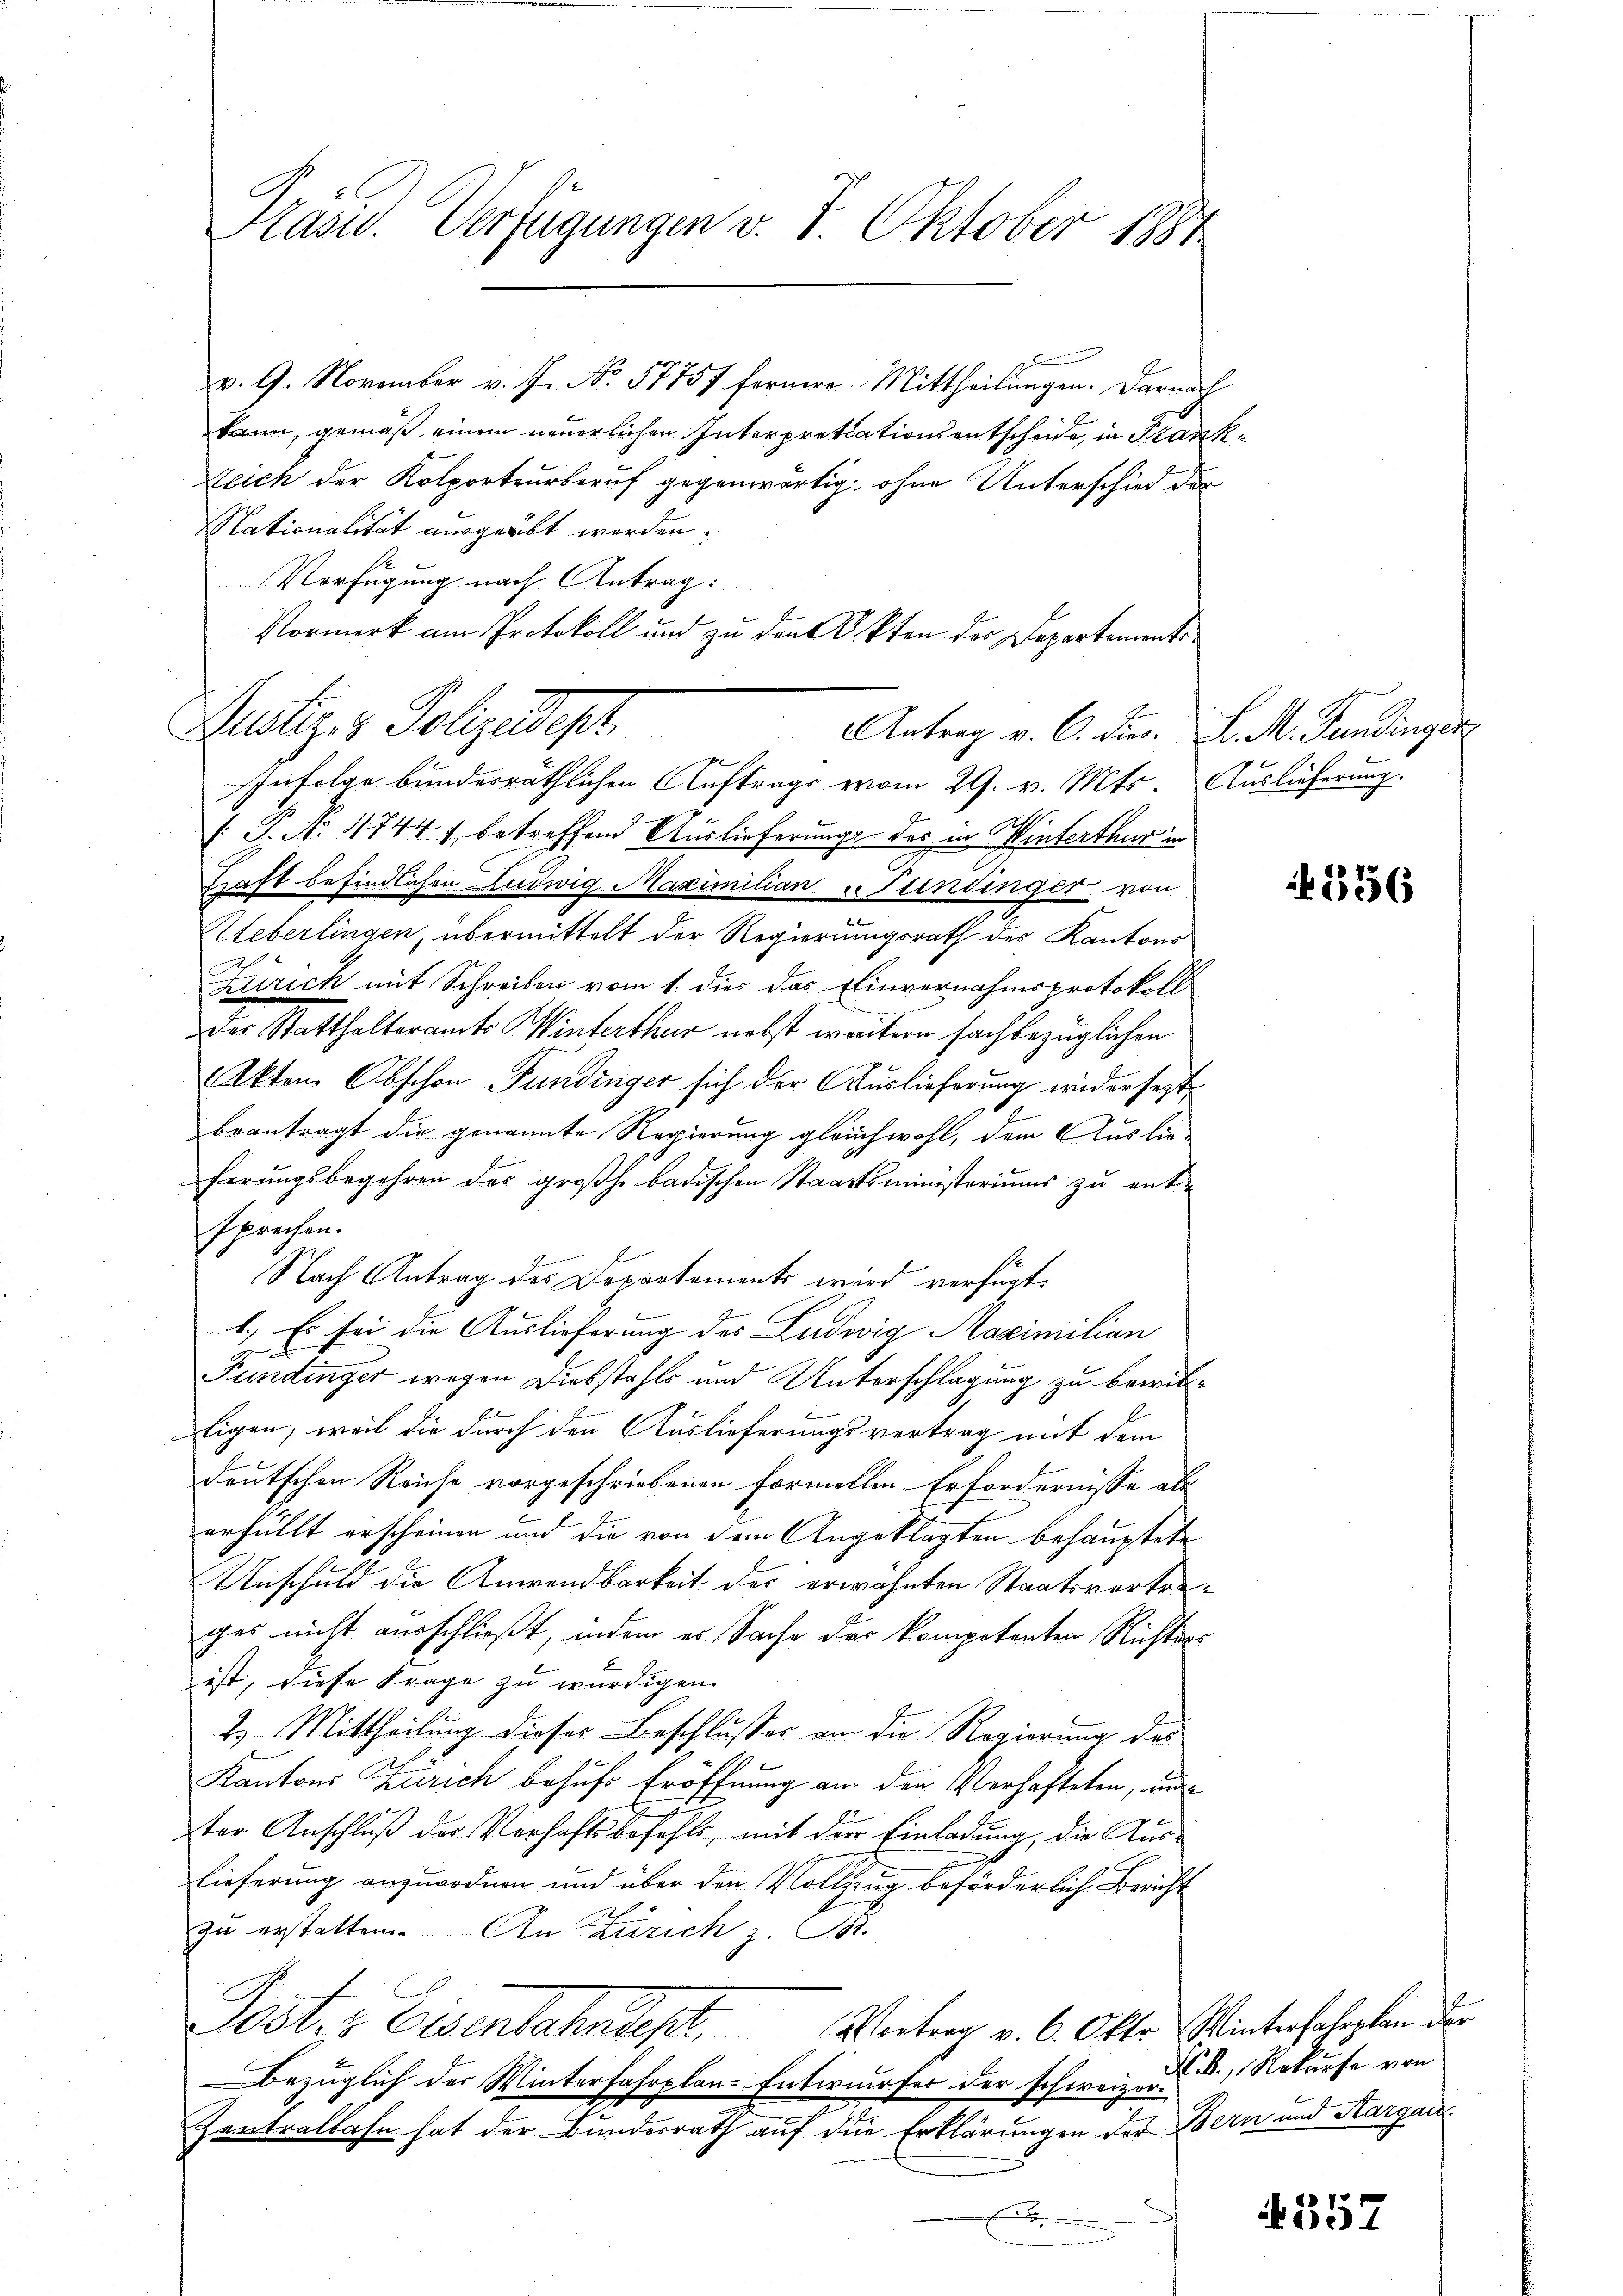
J.
Präsid.. Verfügungen v. 7. Oktober 1881

v. 9. November v. J. No. 57757 fernere Mittheilungen. Darnach
kann, gemäß einem neuerlichen Interpretations entscheide, in Frank¬
Zeich der Kolporteurberuf gegenwärtig, ohne Unterschied der
Nationalität ausgeübt werden.
Verfügung nach Antrag:
Vormerk am Protokoll und zu den Akten der Departements¬

.
 P. No. 4744 f. betreffend Auslieferunge des in Winterthur in
Haft befindlichen Ludwig Maximilian Fundinger von
Ueberlingen, übermittelt der Regierungsrath des Kantone
Zürich mit Schreiben vom 1. dies das Einvernahmsprotokoll
der Statthalteramts Winterthur nebst weitern fachbezüglichen
Akten Obschon Fundinger sich der Auslieferung widersezt
beantragt dir genannte Regierung gleichwohl, dem Auslieferungsbegehren des großh. badischen Staatsministeriums zu entsprechen.
Nach Antrag des Departements wird verfügt.
1.) Es sei die Auslieferung des Ludwig Maximilian
Fundinger wegen Diebstahls und Unterschlagung zu bewil¬
Eigen, weil die durch den Auslieferungsvertrag mit dem
deutschen Reiche vorgeschriebenen formellen Erfordernisse als
erfüllt erscheinen und die von dem Angeklagten behauptete
Anschuld die Anwendbarkeit des erwähnten Staatsvertrages nicht ausschließt, indem es Sache das kompetenten Richters
ist, diese Frage zu würdigen.
2.) Mittheilung dieses Beschlusses an die Regierung des
Kantons Zürich behufs Eröffnung an den Verhafteten, und
ter Anschluß des Verhaftsbefehls, mit die Einladung, die Ause
lieferung anzuordnen und über den Vollzung beförderlich Bericht
zu erstatten. An Zürich z. B.
Post. Eisenbahndest.   Vertrag v. 6. Otto. Winterschalen der
Bezüglich der Winterfahrplan-Entwurfer der schweizore
Zentralbahn hat der Bundesrath auf die Erklärungen der Bern und Sargare
F
f

Justiz- & Polizeidept
Antrag v. C. Dier. L. M. Fundinger
Infolge bundesräthlichen Auftrage vom 29. v. Mts. Auslieferung.

556

NB., Rekurse von

4557